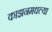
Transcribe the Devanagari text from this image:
काझनमधल्या